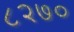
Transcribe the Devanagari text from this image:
८२७०